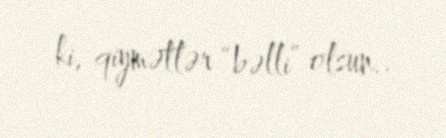
ki, qiymətlər “bəlli” olsun..